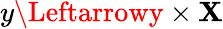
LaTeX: y\Leftarrowy\times\mathbf{X}